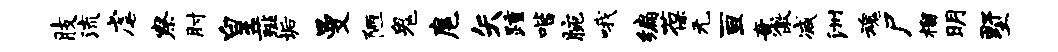
肢流虐察肘皇薤垢曼陋鬼扈矢踵喈腕哦编葆无亘意傲减洲魂尸榴明墅